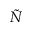
\tilde { N }